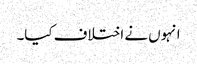
انہوں نے اختلاف کیا۔